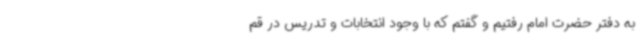
به دفتر حضرت امام رفتیم و گفتم که با وجود انتخابات و تدریس در قم